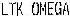
LTK OMEGA